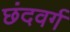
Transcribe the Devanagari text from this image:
छंदवर्ग